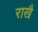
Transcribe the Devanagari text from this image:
राखै